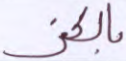
بالكفر